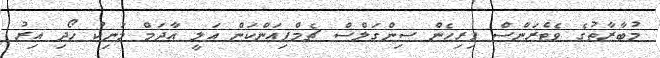
މުބާރާތުގެ ވެޓެރަންސް ފިރިހެން ސިންގަލްސް ޗެމްޕިއަންކަން އަލީ އާދަމް މަނިކު ހޯދި އިރު